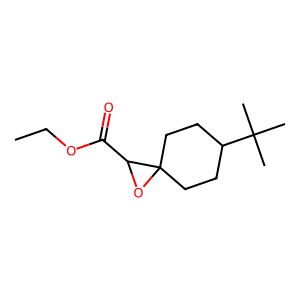
SMILES: CCOC(=O)C1OC12CCC(C(C)(C)C)CC2
Inhibits HIV replication: No